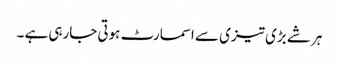
ہر شے بڑی تیزی سے اسمارٹ ہوتی جارہی ہے ۔